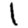
Digit: 1